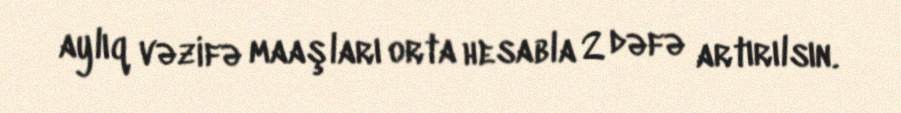
aylıq vəzifə maaşları orta hesabla 2 dəfə artırılsın.